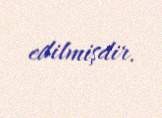
edilmişdir.